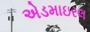
એડમાઇરલ